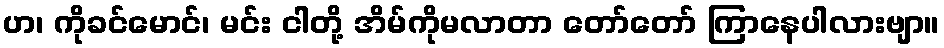
ဟ၊ ကိုခင်မောင်၊ မင်း ငါတို့ အိမ်ကိုမလာတာ တော်တော် ကြာနေပါလားဗျာ။